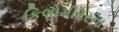
કિલોમીટરના